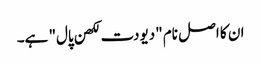
ان کا اصل نام "دیودت لکھن پال" ہے۔